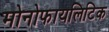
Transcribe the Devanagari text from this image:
मोनोफायलिटिक